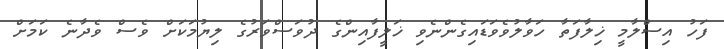
ފަހު އިސްލާމީ ޚިލާފަތާ ހަވާލުވެވަޑައިގެންނެވި ޚަލީފާއިންގެ ދުވަސްވަރުގެ ލިޔުމަކަށް ވެސް ވެދާނެ ކަމަށް